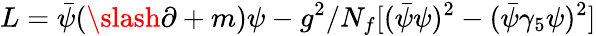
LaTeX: L=\bar{\psi}(\slash\partial+m)\psi-g^{2}/N_{f}[(\bar{\psi}\psi)^{2}-(\bar{\psi}\gamma_{5}\psi)^{2}]